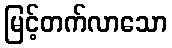
မြင့်တက်လာသော